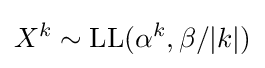
X^{k}\sim \operatorname {LL} (\alpha ^{k},\beta /|k|)